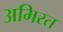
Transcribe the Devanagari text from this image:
अमिरत